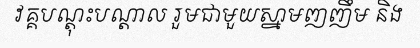
វគ្គបណ្តុះបណ្តាល រួមជាមួយស្នាមញញឹម និង